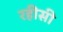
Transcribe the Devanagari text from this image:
रहीसी